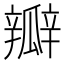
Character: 瓣